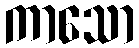
ကာသော